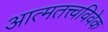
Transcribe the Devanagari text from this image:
आत्मतत्त्वविवेक